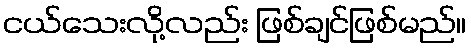
ငယ်သေးလို့လည်း ဖြစ်ချင်ဖြစ်မည်။